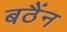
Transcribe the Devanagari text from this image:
बठैंन